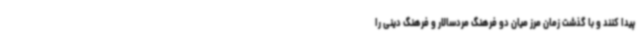
پیدا کنند و با گذشت زمان مرز میان دو فرهنگ مردسالار و فرهنگ دینی را